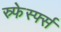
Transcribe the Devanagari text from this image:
स्र्फेर्स्फ्स